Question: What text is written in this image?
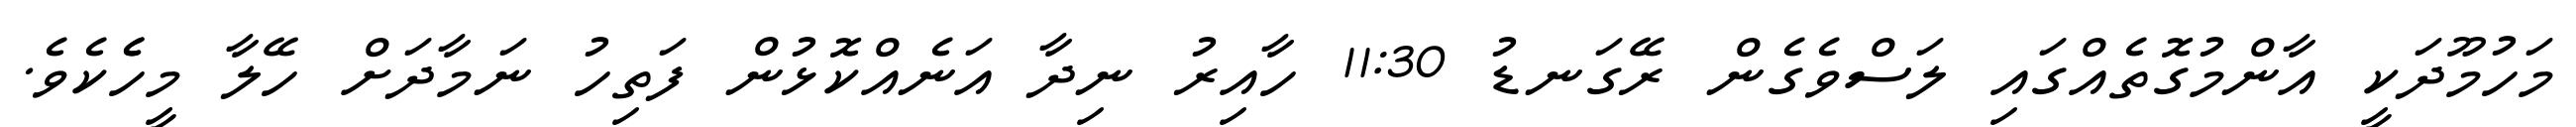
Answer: މަހުމޫދަކީ އާންމުގޮތެއްގައި ލަސްވެގެން ރޭގަނޑު 11:30 ހާއިރު ނިދާ އަނެއްކޮޅުން ފަތިހު ނަމާދަށް ހޭލާ މީހެެކެވެ.